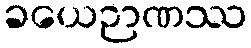
ခယေဉာဏဿ